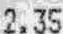
2.35